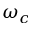
\omega _ { c }